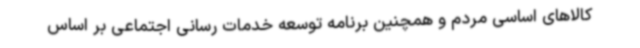
کالاهای اساسی مردم و همچنین برنامه توسعه خدمات رسانی اجتماعی بر اساس